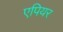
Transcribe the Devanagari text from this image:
एपियर